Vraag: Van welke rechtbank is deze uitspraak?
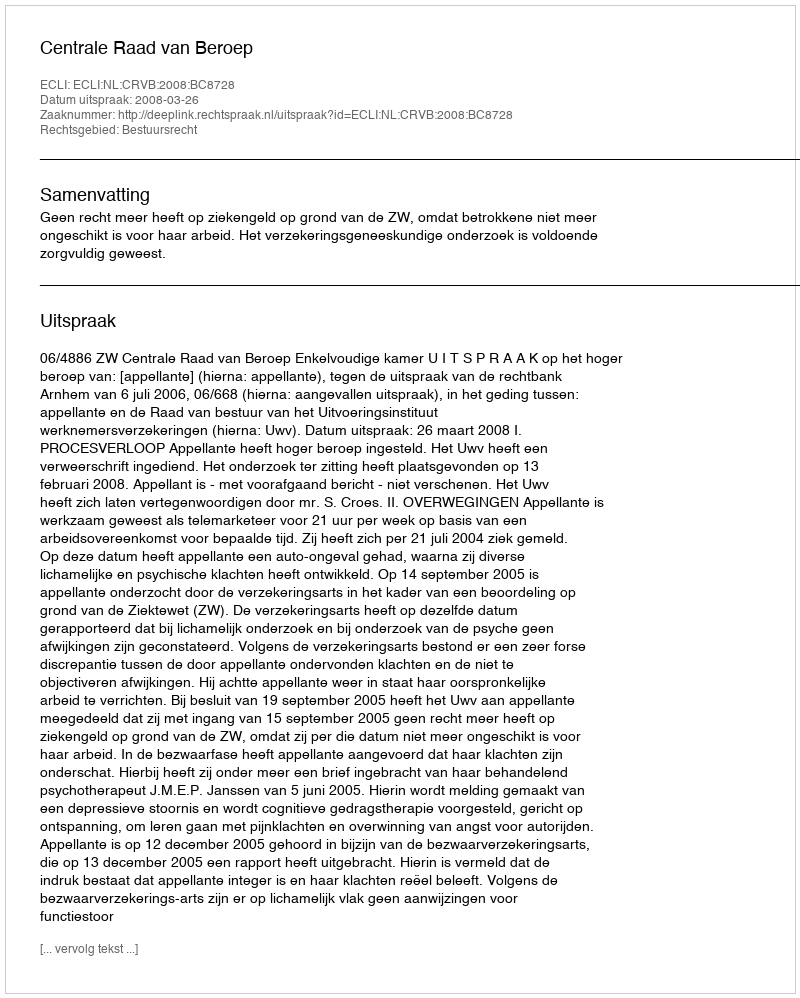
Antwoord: Centrale Raad van Beroep